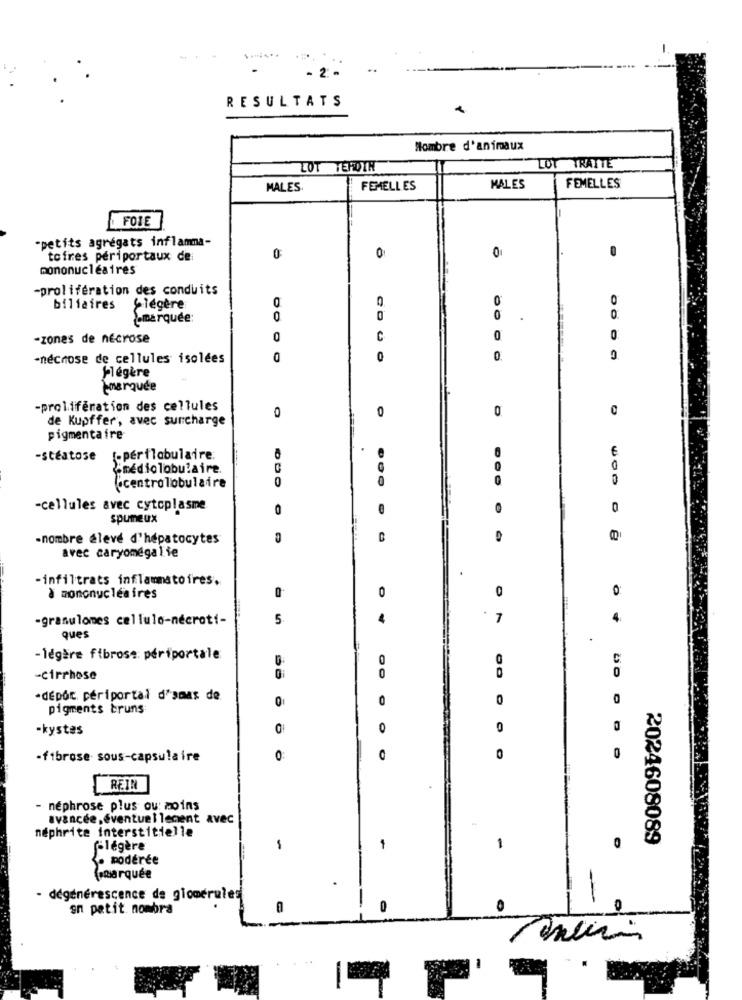
- 2.
RESULTATS
Nombre d'animaux
LOT TEROTH
LOT TRATTE
MALES.
FEMELLES
MALES
FEMELLES
FOIE
"petits agrégats inflamma-
tofres périportaux de
0
O
pononucléaires
-prolifération des conduits
0
0
biliaires
,légère
¿¿ marquée
0
0
0.
-zones de nécrose
C
0
0
-néchose de cellules isolées
0
0.
Flégère
marquée
-prolifération des cellules
0
0
0
0
de Kupffer, avec surcharge
pigmentaire
€
-stéatose
[-perilobulaire:
¿mediolobulaire
0
0
0
Ucentrolobulaire
-cellules avec cytoplasme
0
0
spumeux
-nombre élevé d'hepatocytes
avec caryomégalie
-infiltrats inflammatoires.
0
0
0:
à mononucléaires
-granulomes cellulo-nécroti-
5.
7
ques
-légère fibrose: périportale
0
C
0
-cirrhose
56
50
-dépôt, périportal d'sDas de
0
0
0
0
pigments bruns
-kystes
0
0
0
-fibrose sous-capsulaire
0
O
0
REIN
- nephrose plus ou moins
avancée, éventuellement avec
nephrite interstitielle
2024608089
f-légère
-
-
0
· modérée
(marquée
- dégénérescence de glomérules
on petit nombra